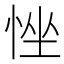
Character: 𢚂